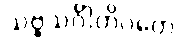
သဗ္ဗသင်္ဂါတိဂတေ